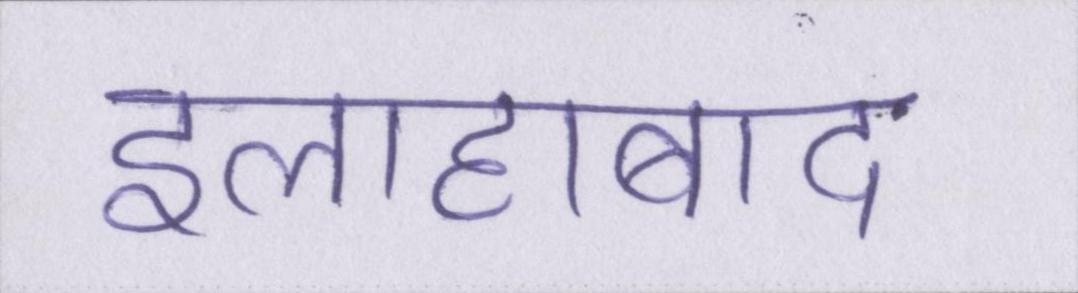
इलाहाबाद